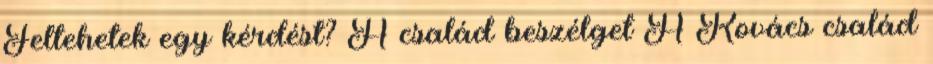
Feltehetek egy kérdést? A család beszélget A Kovács család